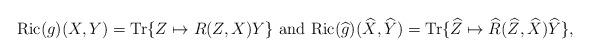
LaTeX: \begin{align*}{\rm Ric}(g)(X,Y)={\rm Tr}\{Z\mapsto R(Z,X)Y\}\,\,{\rm and}\,\,{\rm Ric}(\widehat{g})(\widehat{X},\widehat{Y})={\rm Tr}\{\widehat{Z}\mapsto\widehat{R}(\widehat{Z},\widehat{X})\widehat{Y}\},\end{align*}